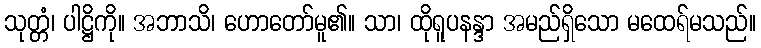
သုတ္တံ၊ ပါဋ္ဌိကို။ အဘာသိ၊ ဟောတော်မူ၏။ သာ၊ ထိုရူပနန္ဒာ အမည်ရှိသော မထေရ်မသည်။